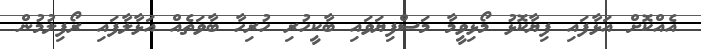
އެއްކޮށް އަޅާފައި ފިޔާކޮޅު މޯޅިވީމާ މަސްފިޔަވައި ބާކީހުރި ހުރިހާ ބާވަތެއް އަޅާލާފައި ރޯފިލުމުން